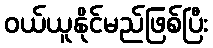
ဝယ်ယူနိုင်မည်ဖြစ်ပြီး